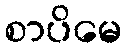
စာပိမေ